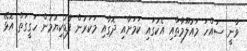
ވާނީ ސައްހަ މައުލޫމާތާއި އެކުގައި ކަމަށާއި ދޮގާއި މަކަރުން ފާޑުކިޔުމުން ހަގީގަތް އޮޅޭ